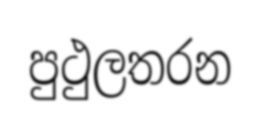
පුථුලතරන